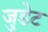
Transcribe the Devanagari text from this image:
जुडेट